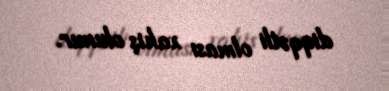
diqqətli olması xahiş olunur.